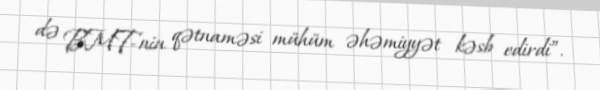
də BMT-nin qətnaməsi mühüm əhəmiyyət kəsb edirdi”.